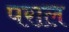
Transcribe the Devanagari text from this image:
पराल